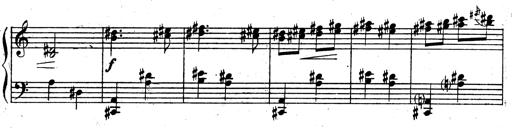
Title: 3 Sonatinas for Piano
Composer: Vissarion Shebalin